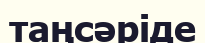
таңсәріде